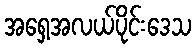
အရှေ့အလယ်ပိုင်းဒေသ